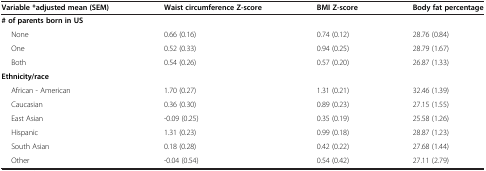
<table><thead><tr><td><b>Variable *adjusted mean (SEM)</b></td><td><b>Waist circumference Z-score</b></td><td><b>BMI Z-score</b></td><td><b>Body fat percentage</b></td></tr></thead><tbody><tr><td><b># of parents born in US</b></td><td> </td><td> </td><td> </td></tr><tr><td>None</td><td>0.66 (0.16)</td><td>0.74 (0.12)</td><td>28.76 (0.84)</td></tr><tr><td>One</td><td>0.52 (0.33)</td><td>0.94 (0.25)</td><td>28.79 (1.67)</td></tr><tr><td>Both</td><td>0.54 (0.26)</td><td>0.57 (0.20)</td><td>26.87 (1.33)</td></tr><tr><td><b>Ethnicity/race</b></td><td> </td><td> </td><td> </td></tr><tr><td>African - American</td><td>1.70 (0.27)</td><td>1.31 (0.21)</td><td>32.46 (1.39)</td></tr><tr><td>Caucasian</td><td>0.36 (0.30)</td><td>0.89 (0.23)</td><td>27.15 (1.55)</td></tr><tr><td>East Asian</td><td>-0.09 (0.25)</td><td>0.35 (0.19)</td><td>25.58 (1.26)</td></tr><tr><td>Hispanic</td><td>1.31 (0.23)</td><td>0.99 (0.18)</td><td>28.87 (1.23)</td></tr><tr><td>South Asian</td><td>0.18 (0.28)</td><td>0.42 (0.22)</td><td>27.68 (1.44)</td></tr><tr><td>Other</td><td>-0.04 (0.54)</td><td>0.54 (0.42)</td><td>27.11 (2.79)</td></tr></tbody></table>